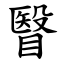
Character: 瞖